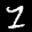
Label: 1